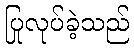
ပြုလုပ်ခဲ့သည်